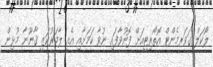
ލޯކަލް ގަވަރމެންޓް އޮތޯރިޓީއަށް ފޮނުވާފައި ނުވާ ކަމަށާއި އެއީ ލާމަރުކަޒީ ޤާނޫނާ މުޅިން